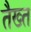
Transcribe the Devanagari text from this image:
तैख्त